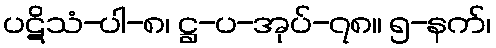
ပဋိသံ-ပါ-၈၊ ဋ္ဌ-ပ-အုပ်-၇၈။ ၅-နက်၊